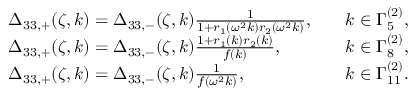
\begin{array} { r l r l } & { \Delta _ { 3 3 , + } ( \zeta , k ) = \Delta _ { 3 3 , - } ( \zeta , k ) \frac { 1 } { 1 + r _ { 1 } ( \omega ^ { 2 } k ) r _ { 2 } ( \omega ^ { 2 } k ) } , } & & { k \in \Gamma _ { 5 } ^ { ( 2 ) } , } \\ & { \Delta _ { 3 3 , + } ( \zeta , k ) = \Delta _ { 3 3 , - } ( \zeta , k ) \frac { 1 + r _ { 1 } ( k ) r _ { 2 } ( k ) } { f ( k ) } , } & & { k \in \Gamma _ { 8 } ^ { ( 2 ) } , } \\ & { \Delta _ { 3 3 , + } ( \zeta , k ) = \Delta _ { 3 3 , - } ( \zeta , k ) \frac { 1 } { f ( \omega ^ { 2 } k ) } , } & & { k \in \Gamma _ { 1 1 } ^ { ( 2 ) } . } \end{array}